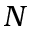
N